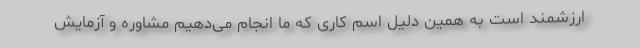
ارزشمند است به همین دلیل اسم کاری که ما انجام می‌دهیم مشاوره و آزمایش